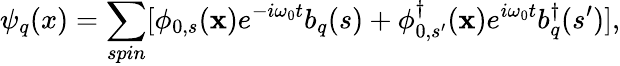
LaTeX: \psi_{q}(x)=\sum_{spin}[\phi_{0,s}({\mathbf x})e^{-i\omega_{0}t}b_{q}(s)+\phi_{0,s^{\prime}}^{\dagger}({\mathbf x})e^{i\omega_{0}t}b_{q}^{\dagger}(s^{\prime})],